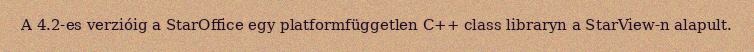
A 4.2-es verzióig a StarOffice egy platformfüggetlen C++ class libraryn a StarView-n alapult.